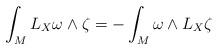
LaTeX: \begin{align*}\int_M L_X \omega \wedge \zeta=-\int_M \omega \wedge L_X \zeta\end{align*}